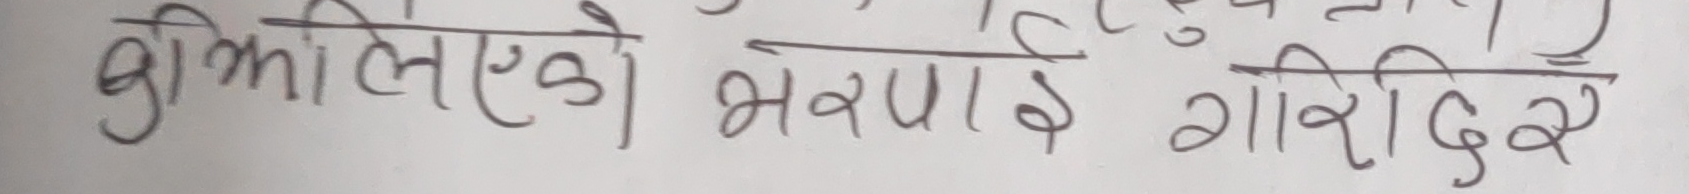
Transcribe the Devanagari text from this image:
भुक्तानिएको भरपाई गरिदेउ